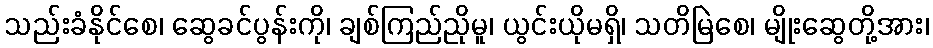
သည်းခံနိုင်စေ၊ ဆွေခင်ပွန်းကို၊ ချစ်ကြည်ညိုမူ၊ ယွင်းယိုမရှိ၊ သတိမြဲစေ၊ မျိုးဆွေတို့အား၊